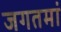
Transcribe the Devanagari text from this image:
जगतमां